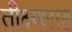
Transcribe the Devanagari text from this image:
तीक्ष्णसह